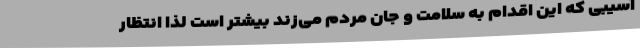
آسیبی که این اقدام به سلامت و جان مردم می‌زند بیشتر است لذا انتظار